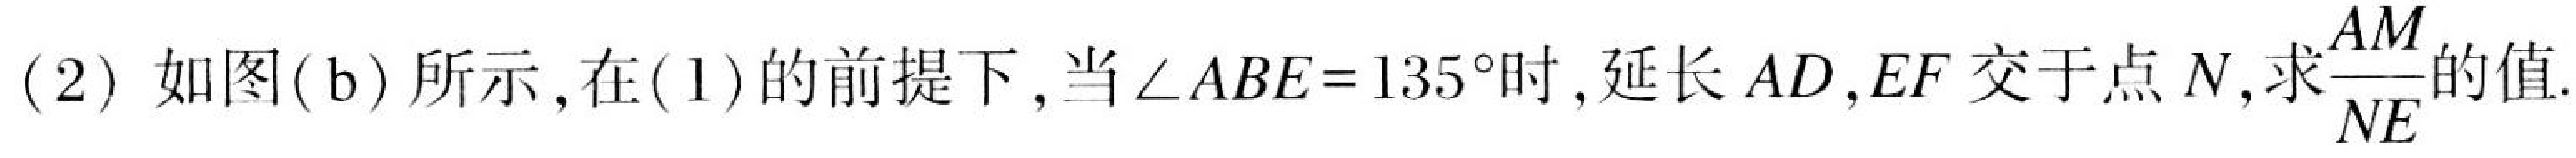
(2) 如图(b) 所示, 在(1) 的前提下, 当$\angle ABE = 135^{\circ}$时, 延长$AD,EF$交于点$N$, 求$\frac{AM}{NE}$的值.